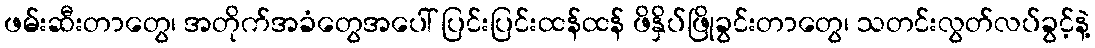
ဖမ်းဆီးတာတွေ၊ အတိုက်အခံတွေအပေါ် ပြင်းပြင်းထန်ထန် ဖိနှိပ်ဖြိုခွင်းတာတွေ၊ သတင်းလွတ်လပ်ခွင့်နဲ့